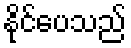
နိုင်ပေသည်